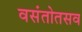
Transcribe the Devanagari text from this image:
वसंतोतसव